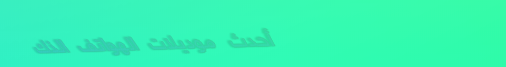
أحدث موديلات الهواتف الذك